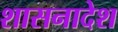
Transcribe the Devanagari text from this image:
शासनादेश